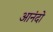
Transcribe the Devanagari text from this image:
आनंदो